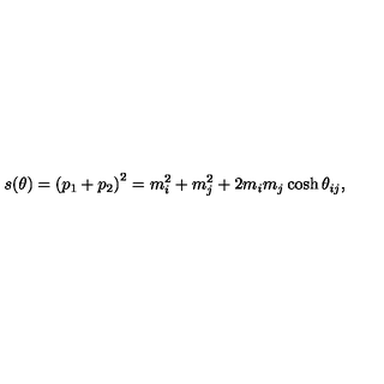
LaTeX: s ( \theta ) = \left( p _ { 1 } + p _ { 2 } \right) ^ { 2 } = m _ { i } ^ { 2 } + m _ { j } ^ { 2 } + 2 m _ { i } m _ { j } \cosh \theta _ { i j } ,